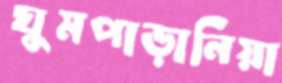
ঘুমপাড়ানিয়া